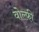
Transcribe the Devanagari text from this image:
वोल्फ़ी